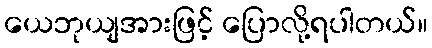
ယေဘုယျအားဖြင့် ပြောလို့ရပါတယ်။